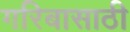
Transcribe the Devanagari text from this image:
गरिबासाठी